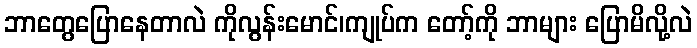
ဘာတွေပြောနေတာလဲ ကိုလွန်းမောင်၊ကျုပ်က တော့်ကို ဘာများ ပြောမိလို့လဲ